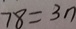
7 8 = 3 n